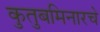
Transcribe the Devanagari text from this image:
कुतुबमिनारचे